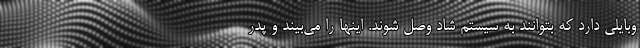
وبایلی دارد که بتوانند به سیستم شاد وصل شوند. اینها را می‌بیند و پدر